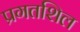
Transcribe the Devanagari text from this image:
प्रगतशिल